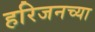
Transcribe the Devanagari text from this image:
हरिजनच्या